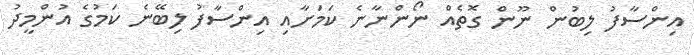
އިންސާފު ލިބުން ނޫން ގޮތެއް ނޯންނާނެ ކަމަށާއި އިންސާފު ލިބޭނެ ކަމުގެ އުންމީދު